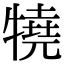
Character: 㹓